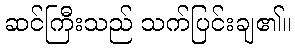
ဆင်ကြီးသည် သက်ပြင်းချ၏။